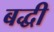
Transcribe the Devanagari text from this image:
बद्धी